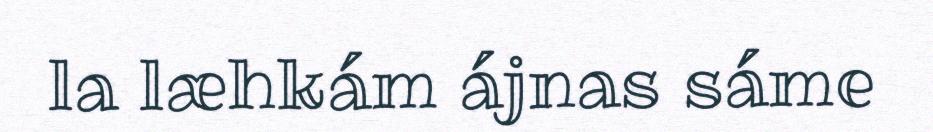
la læhkám ájnas sáme